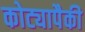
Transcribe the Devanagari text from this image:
कोट्यापैकी